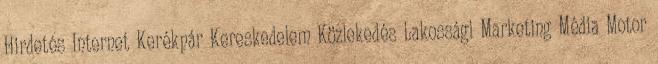
Hirdetés Internet Kerékpár Kereskedelem Közlekedés Lakossági Marketing Média Motor